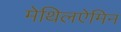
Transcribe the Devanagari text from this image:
मेथिलऐमिन